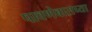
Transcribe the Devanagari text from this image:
पावणेबाराच्या